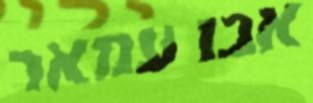
אבו עמאר